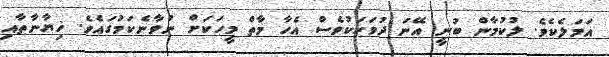
އަމަލެކެވެ. ލުކުމާން ބުނީ އޭނަ ދުވަހަކުވެސް އެހާ މާތް މީހަކަށް ނުވާނެކަމުގައެވެ. ޚިޔާނާތާއި